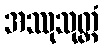
အဿုသုတ္တံ